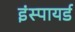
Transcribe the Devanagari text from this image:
इंस्पायर्ड